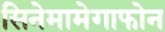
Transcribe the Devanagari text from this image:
सिनेमामेगाफोन